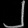
Digit: ၂